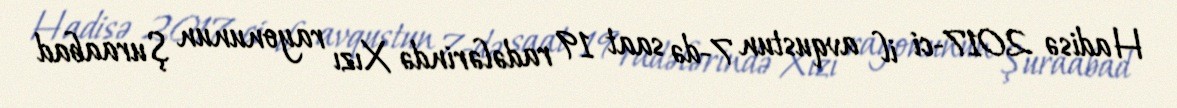
Hadisə 2017-ci il avqustun 7-də saat 19 radələrində Xızı rayonunun Şuraabad